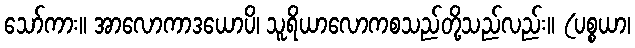
သော်ကား။ အာလောကာဒယောပိ၊ သူရိယာလောကစသည်တို့သည်လည်း။ (ပစ္စယာ၊